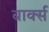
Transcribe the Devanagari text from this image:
बार्क्स